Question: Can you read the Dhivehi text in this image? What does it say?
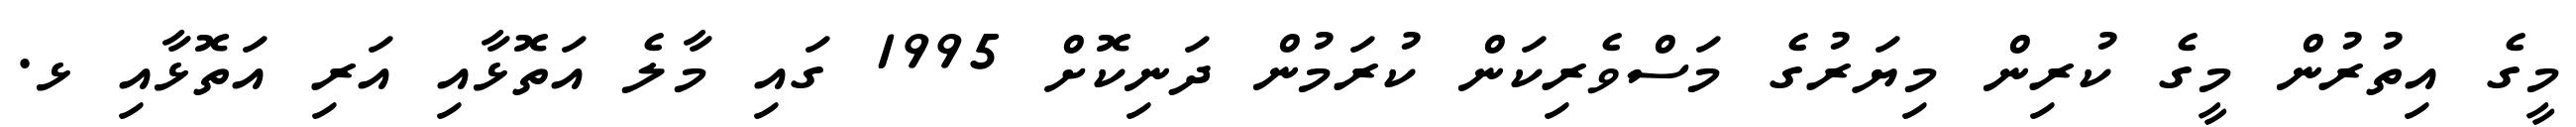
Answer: މީގެ އިތުރުން މީގެ ކުރިން މިޔަރުގެ މަސްވެރިކަން ކުރަމުން ދަނިކޮށް 1995 ގައި މާލެ އަތޮޅާއި އަރި އަތޮޅާއި ޅ.